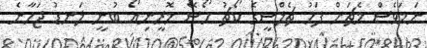
ނަމަވެސް މެޗަށް ފަހު ޗެލްސީގެ ކޯޗު ހޯސޭ މޮރީނިއޯ ބުނީ ލަނޑު ޖަހާނެ